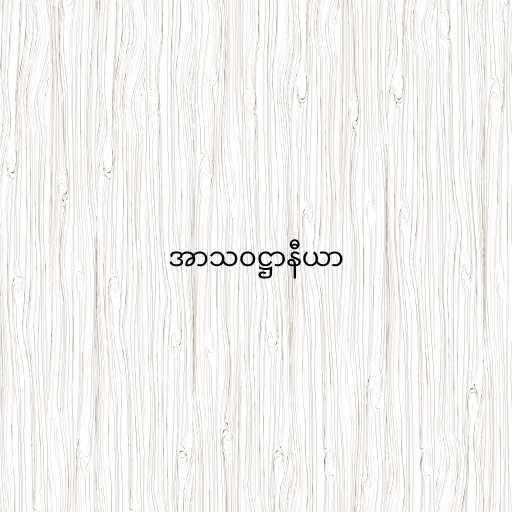
အာသဝဋ္ဌာနီယာ